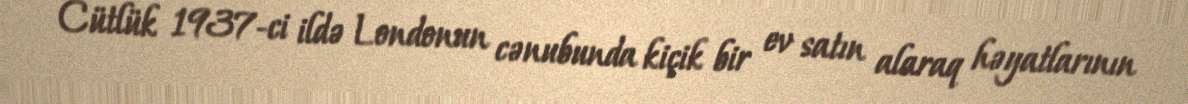
Cütlük 1937-ci ildə Londonun cənubunda kiçik bir ev satın alaraq həyatlarının